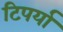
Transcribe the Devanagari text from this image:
टिपर्या